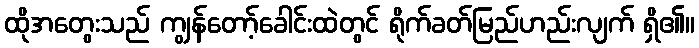
ထိုအတွေးသည် ကျွန်တော့်ခေါင်းထဲတွင် ရိုက်ခတ်မြည်ဟည်းလျက် ရှိ၏။